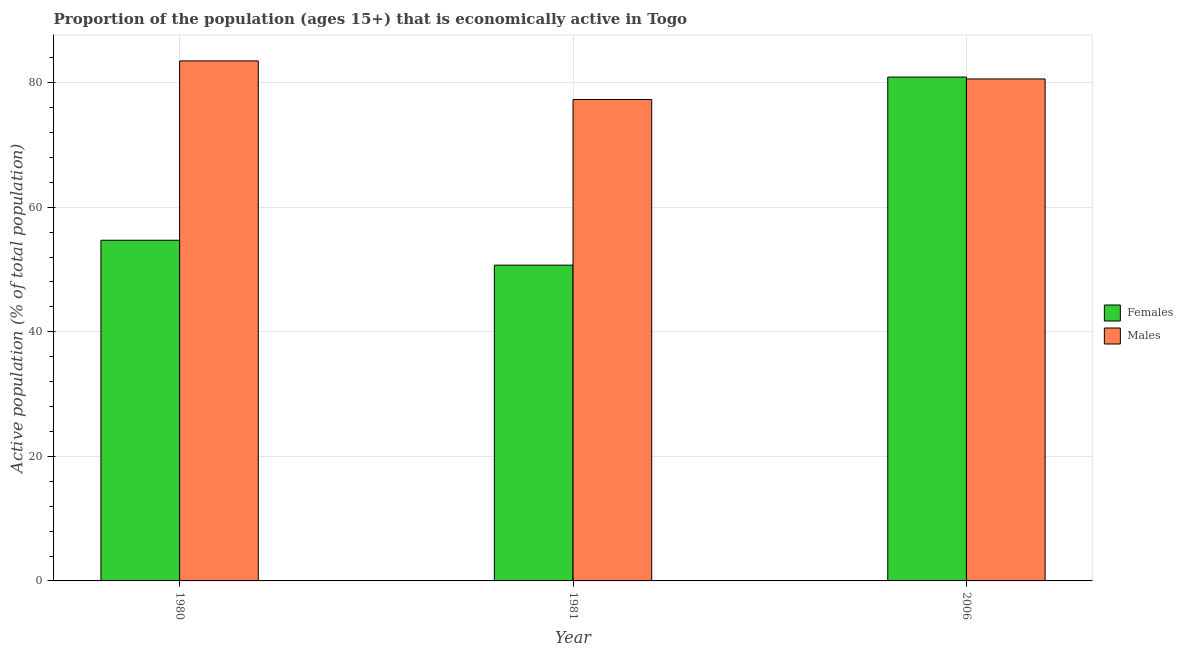
| Year | Females | Males |
 | --- | --- | --- |
 | 1980 | 54.7 | 83.5 |
 | 1981 | 50.7 | 77.3 |
 | 2006 | 80.9 | 80.6 |